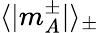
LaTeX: \langle|m_{A}^{\pm}|\rangle_{\pm}